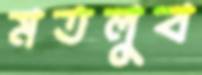
মতলুব